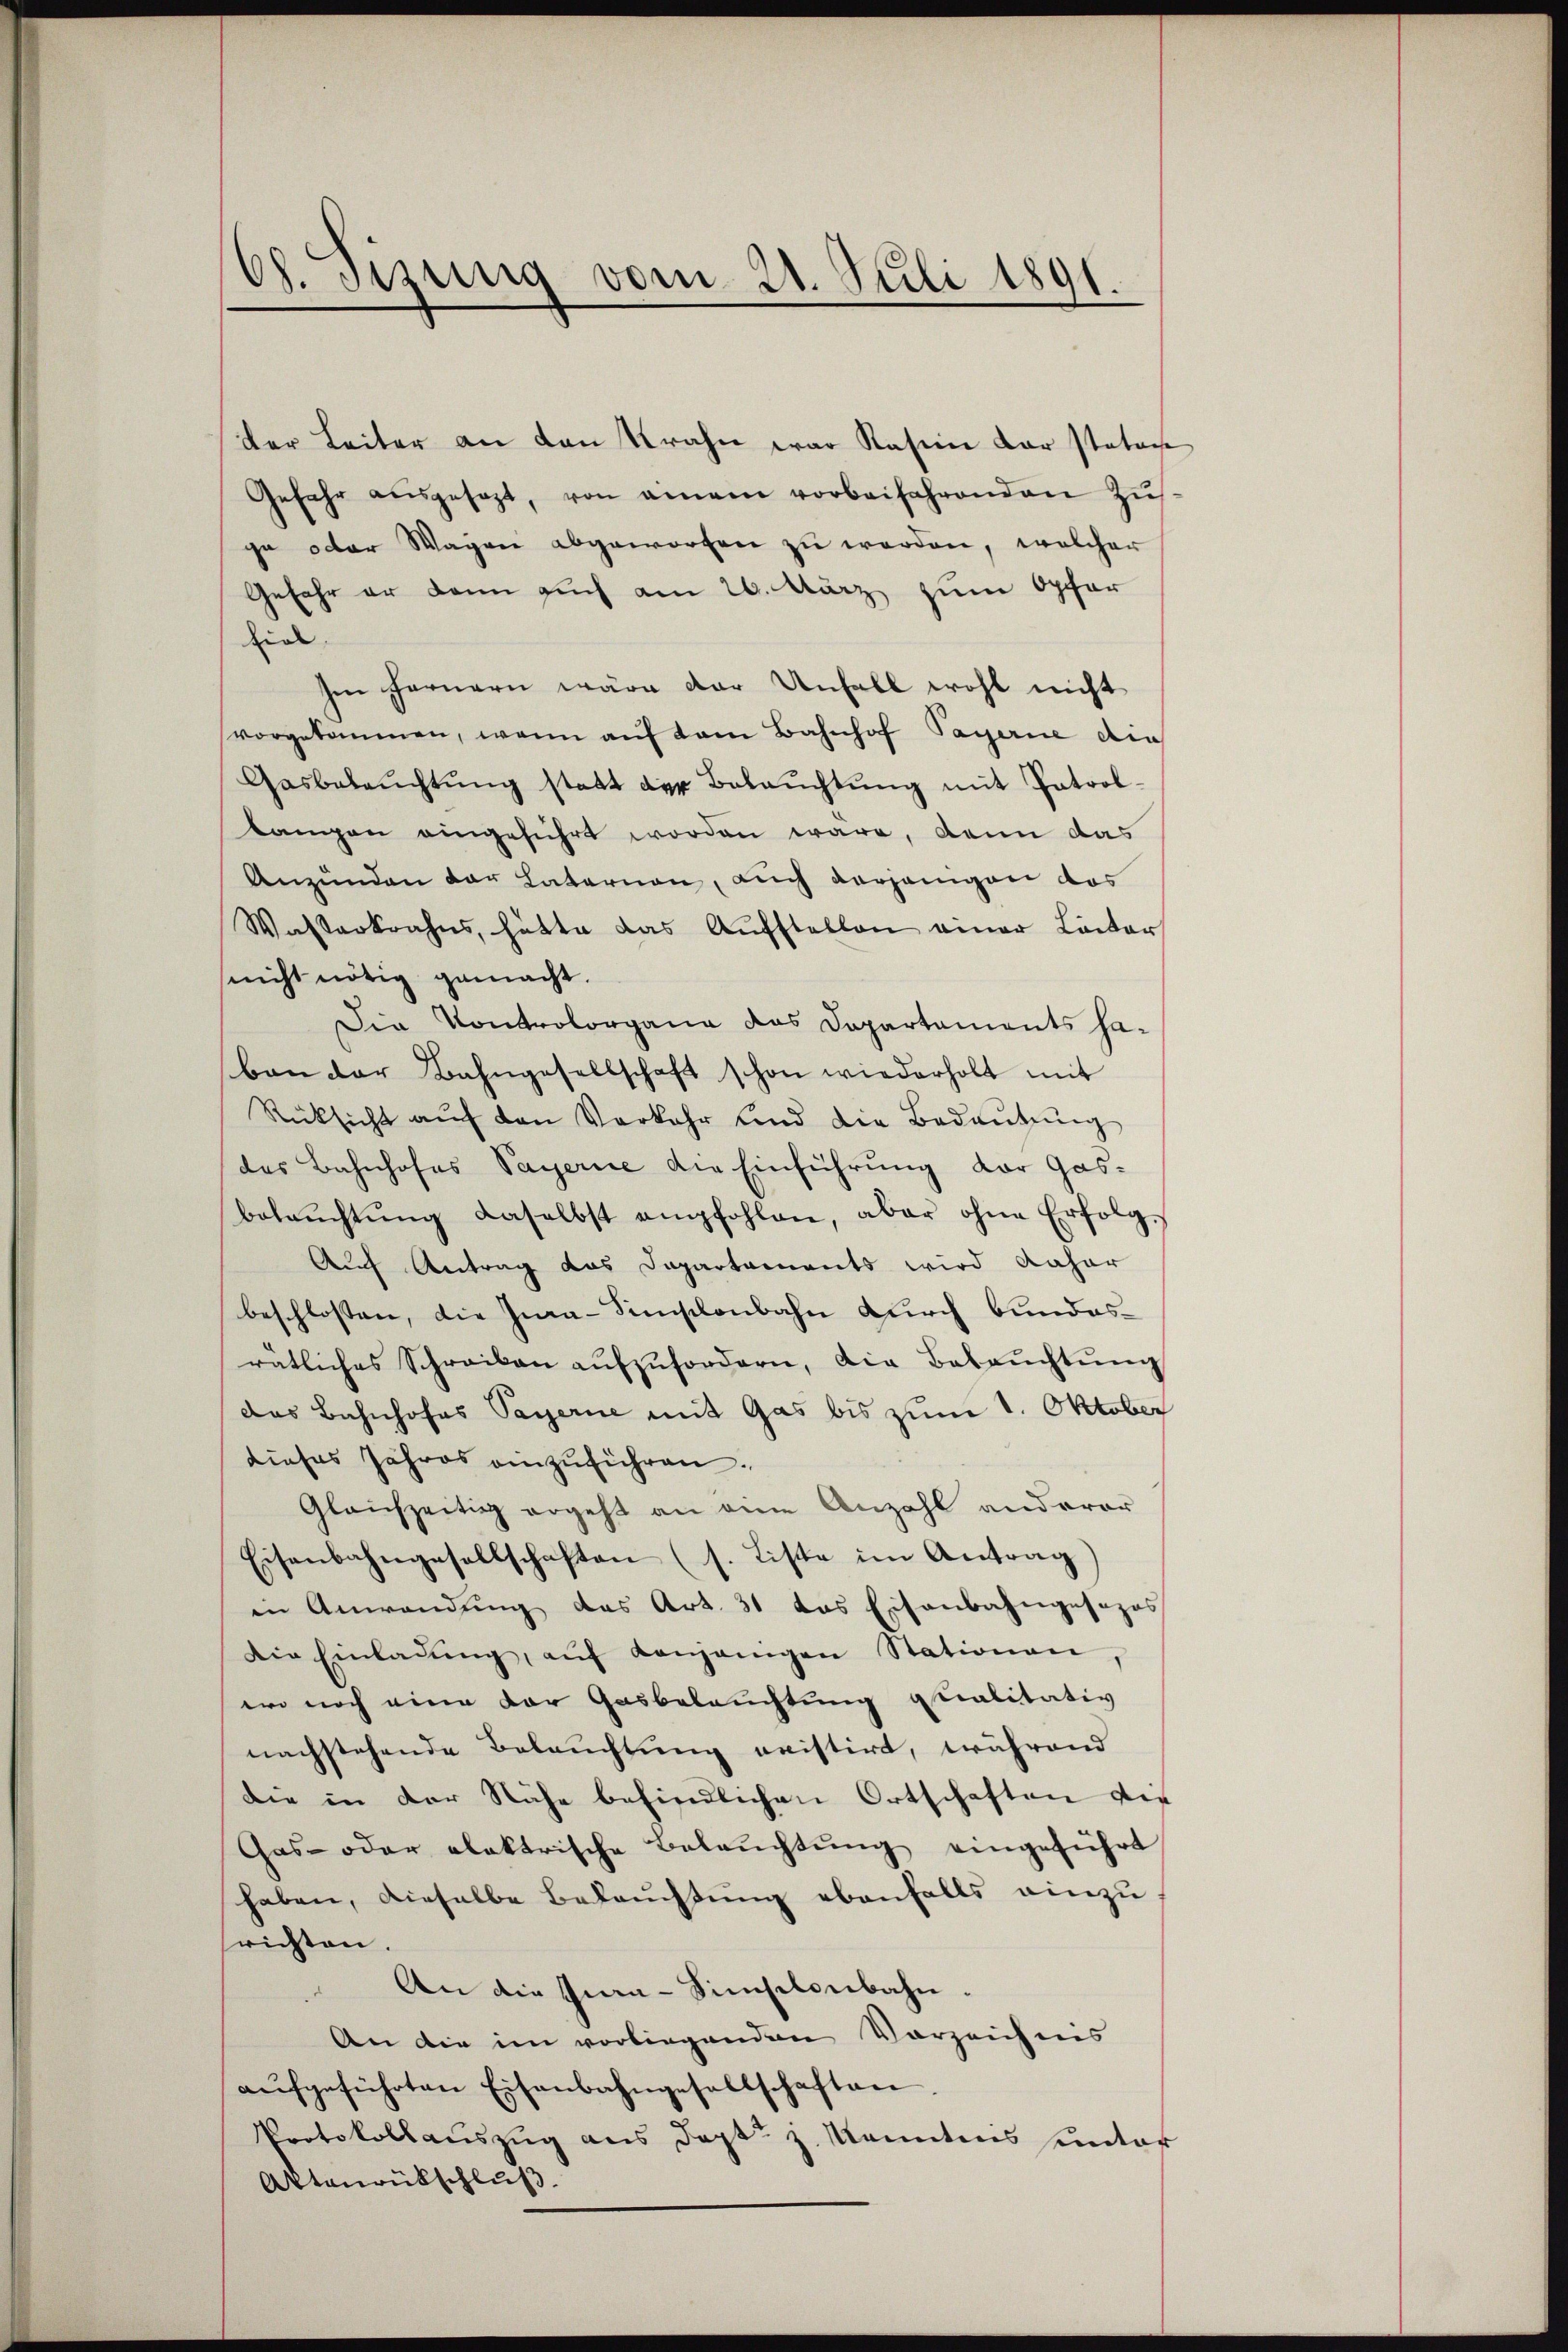
68. Di
nng vom 21. Juli 1891.

der Leiter an den Krahn war Kasine der stator
Gefahr aŭsgesezt, von einem vorbeifahrenden Zus
ge oder Wagen abgeworfen zu werden, welcher
Gefahr er dann auch am 20. März zum Opfer
Ziel
Ien Fernern wäre der Unfall wohl nicht
vorgekommen, wenn auf kam Bahnhof Payerne die
Gasbeleŭchtŭng statt der Beleŭchtŭng mit Patrol-
langen eingeführt worden wäre, denn das
Anzünden der Laternau, auch vorjenigen das
Wasterkrahns, hätte das Aŭfstellen einer Leiter
nicht nötig gemacht.
Die Kontrolorgang das Departaments ha-
ban der Bahngesellschaft schon wiederholt mit
Rücksicht aŭf den Verkehr und die Bedaŭtŭng
des Bahnhofes Payerie die Einführung der Gasbeleŭchtŭng daselbst empfohlen, aber ohne Erfolg¬
Auf Antrag das Departaments wird daher
beschlossen, die Inan-Simsonbahn durch bundesratliches Schreiben aŭfzŭfordern, die Beleŭchtŭng
das Bahnhofes Payerne mit Gas bis zum 1. Oktober
dieses Jahres einzuführen.
Gleichzeitig ergeht an eine Anzahl anderer
Eisenbahngesellschaften (s. Liste im Antrag)
in Anwendung des Art. 31 das Eisenbahngesezes
Die Einladung, aŭf denjenigen Stationen,
ero noch eine der Gasbeleuchtung qualitativ
nachstehende Beleuchtung meistirt, während
die in der Nähe befindlichen Ortschaften die
Gas- oder elektrische Beleŭchtŭng eingeführt
haben, dieselbe Beleuchtung ebenfalls einzu
richten.
 An die Ina-Simsilenbahn.
An die im vorliegenden Vorzeichnis
aŭfgeführten Eisenbahngesellschaften.
Protokollauszug aus Sept. J. Kenntnis unter
Aktenrückschluß.